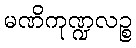
မဏိကုဏ္ဍလဉ္စ